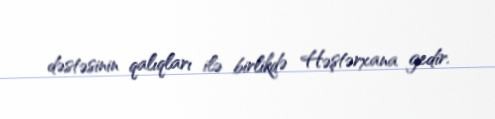
dəstəsinin qalıqları ilə birlikdə Həştərxana gedir.